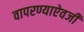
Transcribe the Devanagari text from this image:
वापरण्याऐवजी